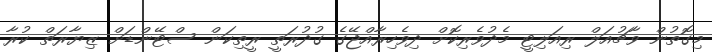
މިގޮތުން ވާޗުއަލް ރިއަލިޓީ މެދުވެރިކޮށް ދިވެހިރާއްޖޭގެ ގުދުރަތީ ރީތިކަން ސްޓޭންޑަށް ޒިޔާރަތް ކުރާ